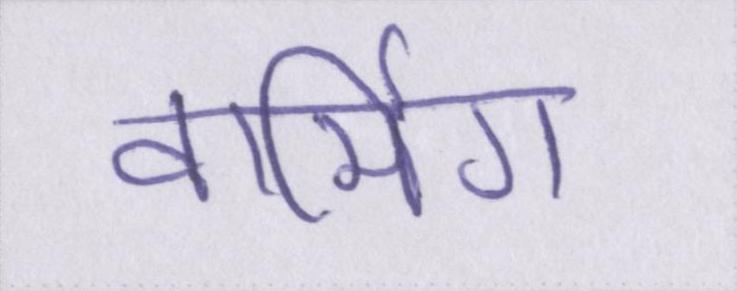
वार्मिग